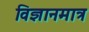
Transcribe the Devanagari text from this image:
विज्ञानमात्र